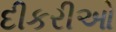
દીકરીઓ